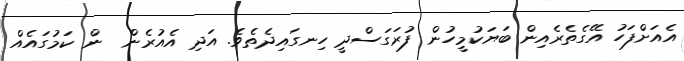
އެއަށްފަހު އޭގެތެރެއިން ބަޔަކުމީހުން ފުރަގަސްދީ ހިނގައިދެތެވެ. އަދި އެއުރެން  ން ކަމުގައެއް